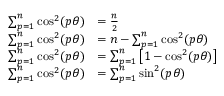
\begin{array} { r l } { \sum _ { p = 1 } ^ { n } \cos ^ { 2 } ( p \theta ) } & { = \frac { n } { 2 } \, } \\ { \sum _ { p = 1 } ^ { n } \cos ^ { 2 } ( p \theta ) } & { = n - \sum _ { p = 1 } ^ { n } \cos ^ { 2 } ( p \theta ) \, } \\ { \sum _ { p = 1 } ^ { n } \cos ^ { 2 } ( p \theta ) } & { = \sum _ { p = 1 } ^ { n } \left[ 1 - \cos ^ { 2 } ( p \theta ) \right] \, } \\ { \sum _ { p = 1 } ^ { n } \cos ^ { 2 } ( p \theta ) } & { = \sum _ { p = 1 } ^ { n } \sin ^ { 2 } ( p \theta ) \, } \end{array}